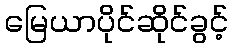
မြေယာပိုင်ဆိုင်ခွင့်